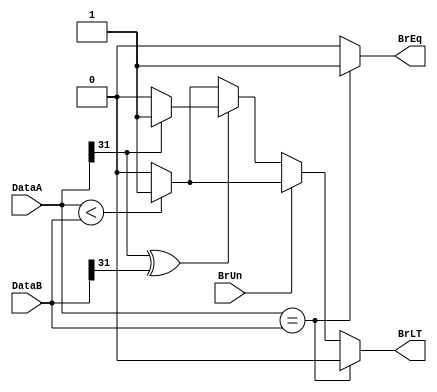
module branch_comparator (
    input [31:0] DataA, DataB,
    input BrUn,
    output reg BrLT, BrEq
);
    always @(DataA or DataB) begin
        if(DataA == DataB) begin
            BrEq <= 1'b1;
            BrLT <= 1'b0;
        end
        else begin
            BrEq <= 1'b0;
            if(BrUn == 1'b1) begin
                BrLT <= (DataA < DataB) ? 1'b1 : 1'b0;
            end
            else begin
                if(DataA[31] ^ DataB[31]) begin
                    BrLT <= (DataA[31] == 1'b1) ? 1'b1 : 1'b0;
                end
                else begin
                    BrLT <= (DataA < DataB) ? 1'b1 : 1'b0;
                end
            end
        end
    end
    
endmodule